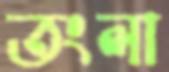
তংলা